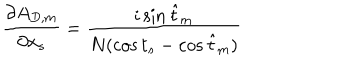
{ \frac { \partial A _ { D , m } } { \partial x _ { s } } } = { \frac { i \sin \hat { t } _ { m } } { N ( \cos t _ { s } - \cos \hat { t } _ { m } ) } }